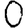
Digit: 0